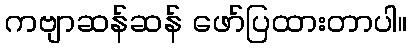
ကဗျာဆန်ဆန် ဖော်ပြထားတာပါ။